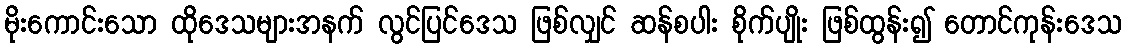
မိုးကောင်းသော ထိုဒေသများအနက် လွင်ပြင်ဒေသ ဖြစ်လျှင် ဆန်စပါး စိုက်ပျိုး ဖြစ်ထွန်း၍ တောင်ကုန်းဒေသ